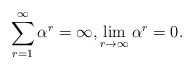
\begin{align*}\sum_{r=1}^{\infty}\alpha^r=\infty, \lim_{r\to\infty}\alpha^r=0. \end{align*}